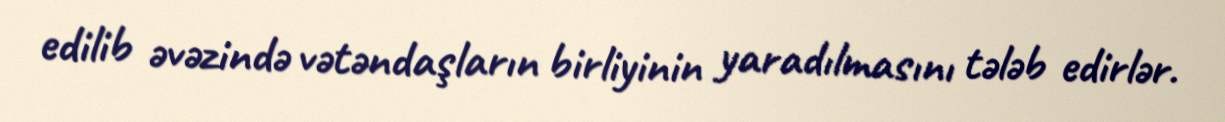
edilib əvəzində vətəndaşların birliyinin yaradılmasını tələb edirlər.